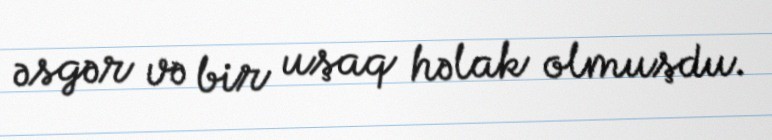
əsgər və bir uşaq həlak olmuşdu.